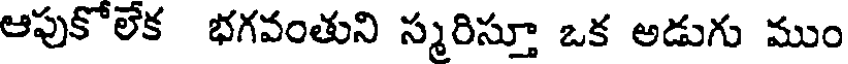
ఆపుకోలేక భగవంతుని స్మరిస్తూ ఒక అడుగు ముం